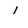
Character: 1